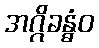
အဂ္ဂိခန္ဓံဝ